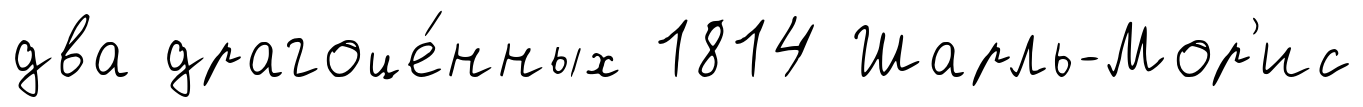
два драгоце́нных 1814 Шарль-Мор'ис